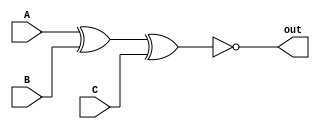
`timescale 1ns / 1ps
//////////////////////////////////////////////////////////////////////////////////
//  
// Made by: Ali Nowrouzi and Ahmad Foroughi 
// 
//////////////////////////////////////////////////////////////////////////////////
module X_NOR_2(input A,B,C, output out
    );
	xnor(out,A,B,C);
endmodule